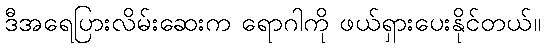
ဒီအရေပြားလိမ်းဆေးက ရောဂါကို ဖယ်ရှားပေးနိုင်တယ်။